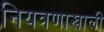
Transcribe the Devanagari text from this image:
नियत्रणाखाली